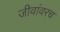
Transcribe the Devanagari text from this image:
जीवांवरच